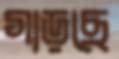
গাড়ছে